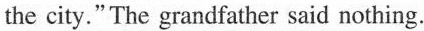
the city."The grandfather said nothing.